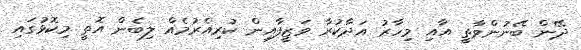
ދޭން ބޭނުންވާތީ އާއި މިހާރު އަދާކުރާ ވަޒީފާއިން ކުރިއެރުމެއް ލިބެން އޮތީ މިކޮޅުގައި